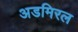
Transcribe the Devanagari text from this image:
अडमिरल